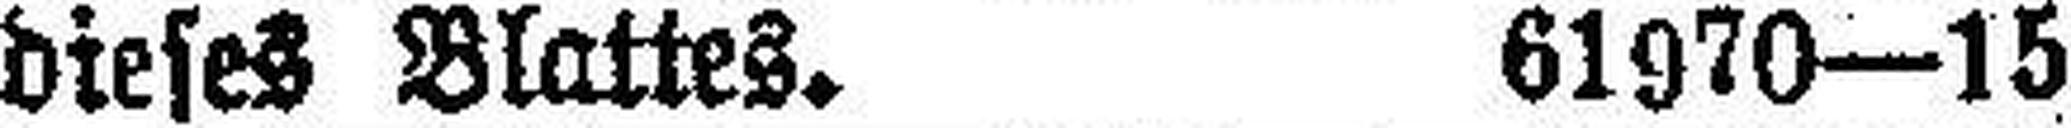
dieses Blattes. 61970—15